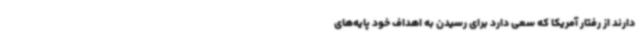
دارند از رفتار آمریکا که سعی دارد برای رسیدن به اهداف خود پایه‌های